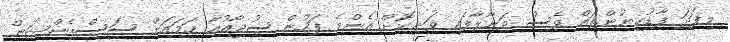
މިފަދަ ފާޑުކިޔުންތައް ވެސް ވަށާލާފައި ވަނިކޮށް އެންމެ ފަހުން ސުޖާއުއާ ހަމައަށް ސަސްޕެންޝަން